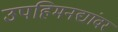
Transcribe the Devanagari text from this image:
उपहिमनद्यांवर